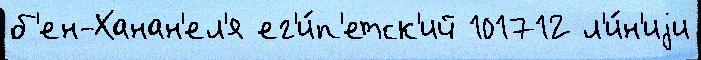
б'ен-Ханан'ел'я ег'и́п'етск'ий 101712 л'и́н'иjи